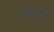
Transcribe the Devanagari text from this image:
अषाड़